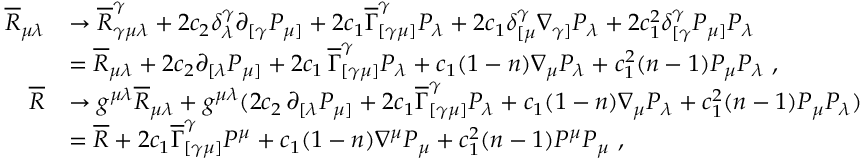
\begin{array} { r l } { \overline { { R } } _ { \mu \lambda } } & { \rightarrow \overline { { R } } _ { \gamma \mu \lambda } ^ { \gamma } + 2 c _ { 2 } \delta _ { \lambda } ^ { \gamma } \partial _ { [ \gamma } P _ { \mu ] } + 2 c _ { 1 } \overline { { \Gamma } } _ { [ \gamma \mu ] } ^ { \gamma } P _ { \lambda } + 2 c _ { 1 } \delta _ { [ \mu } ^ { \gamma } \nabla _ { \gamma ] } P _ { \lambda } + 2 c _ { 1 } ^ { 2 } \delta _ { [ \gamma } ^ { \gamma } P _ { \mu ] } P _ { \lambda } } \\ & { = \overline { { R } } _ { \mu \lambda } + 2 c _ { 2 } \partial _ { [ \lambda } P _ { \mu ] } + 2 c _ { 1 } \, \overline { { \Gamma } } _ { [ \gamma \mu ] } ^ { \gamma } P _ { \lambda } + c _ { 1 } ( 1 - n ) \nabla _ { \mu } P _ { \lambda } + c _ { 1 } ^ { 2 } ( n - 1 ) P _ { \mu } P _ { \lambda } \ , } \\ { \overline { { R } } } & { \rightarrow g ^ { \mu \lambda } \overline { { R } } _ { \mu \lambda } + g ^ { \mu \lambda } ( 2 c _ { 2 } \, \partial _ { [ \lambda } P _ { \mu ] } + 2 c _ { 1 } \overline { { \Gamma } } _ { [ \gamma \mu ] } ^ { \gamma } P _ { \lambda } + c _ { 1 } ( 1 - n ) \nabla _ { \mu } P _ { \lambda } + c _ { 1 } ^ { 2 } ( n - 1 ) P _ { \mu } P _ { \lambda } ) } \\ & { = \overline { { R } } + 2 c _ { 1 } \overline { { \Gamma } } _ { [ \gamma \mu ] } ^ { \gamma } P ^ { \mu } + c _ { 1 } ( 1 - n ) \nabla ^ { \mu } P _ { \mu } + c _ { 1 } ^ { 2 } ( n - 1 ) P ^ { \mu } P _ { \mu } \ , } \end{array}